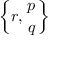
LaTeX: \left\{ r , { p \atop q } \right\}